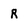
Character: R